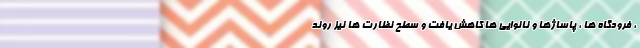
، فرودگاه ها ، پاساژها و نانوایی ها کاهش یافت و سطح نظارت ها نیز روند